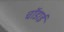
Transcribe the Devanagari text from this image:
चॉडाई